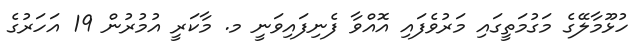
ހުޅޫމާލޭގެ މަގުމަތީގައި މަރުވެފައި އޮއްވާ ފެނިފައިވަނީ މ. މާކަރީ އުމުރުން 19 އަހަރުގެ